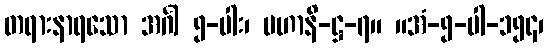
တရားနာရသော အင်္ဂါ ၅-ပါး၊ မဟာနိ-ဋ္ဌ-၇။ ။အံ-၅-ပါ-၁၅၄၊